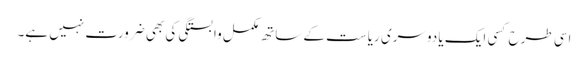
اسی طرح کسی ایک یا دوسری ریاست کے ساتھ مکمل وابستگی کی بھی ضرورت نہیں ہے۔